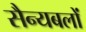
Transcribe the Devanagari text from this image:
सैन्यबलों